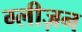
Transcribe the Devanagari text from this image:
ग्लीज़न